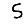
Digit: 5